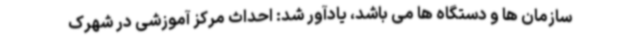
سازمان ها و دستگاه ها می باشد، یادآور شد: احداث مرکز آموزشی در شهرک